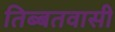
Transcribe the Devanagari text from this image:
तिब्बतवासी